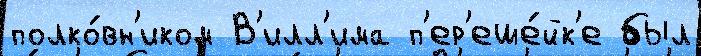
полко́вн'иком В'илл'има п'ер'еше́йк'е был